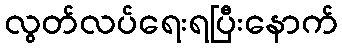
လွတ်လပ်ရေးရပြီးနောက်